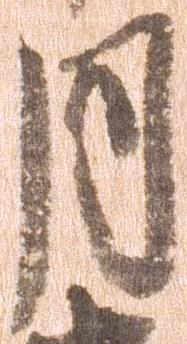
月